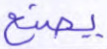
يصنع